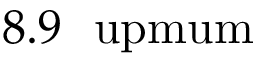
8 . 9 ~ \mathrm { \ u p m u m }